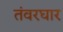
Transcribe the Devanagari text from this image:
तंवरघार